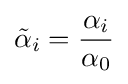
{\tilde {\alpha }}_{i}={\frac {\alpha _{i}}{\alpha _{0}}}